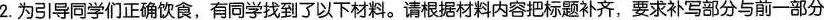
2.为引导同学们正确饮食，有同学找到了以下材料。请根据材料内容把标题补齐，要求补写部分与前一部分